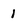
Character: 1